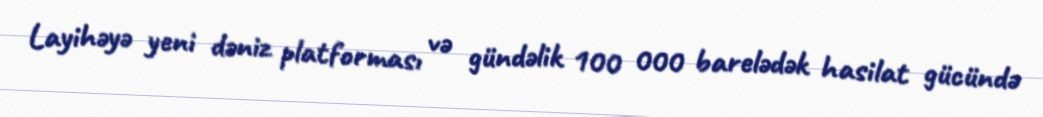
Layihəyə yeni dəniz platforması və gündəlik 100 000 barelədək hasilat gücündə